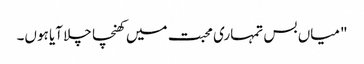
"میاں بس تمہاری محبت میں کھنچا چلا آیا ہوں۔